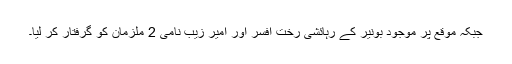
جبکہ موقع پر موجود بونیر کے رہائشی رختِ افسر اور امیر زیب نامی 2 ملزمان کو گرفتار کر لیا۔